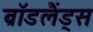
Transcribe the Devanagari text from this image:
ब्रॉडलैंड्स